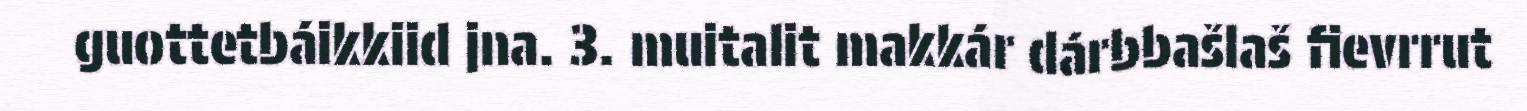
guottetbáikkiid jna. 3. muitalit makkár dárbbašlaš fievrrut